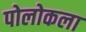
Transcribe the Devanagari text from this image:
पोलोकला